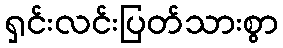
ရှင်းလင်းပြတ်သားစွာ